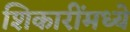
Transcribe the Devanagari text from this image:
शिकारींमध्ये